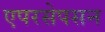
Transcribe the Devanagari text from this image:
एपरसेपसन